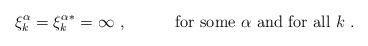
LaTeX: \begin{align*}\xi^\alpha_k={\xi^\alpha_k}^*=\infty\ ,\hspace{6ex}{\rm\ for\ some}\ \alpha\ {\rm and\ for\ all}\ k\ .\end{align*}